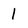
Character: 1